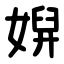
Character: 㜒